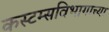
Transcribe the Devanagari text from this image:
कस्टम्सविभागाच्या